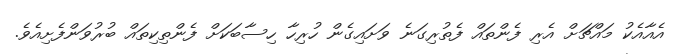
އެއާއެކު މައްޗަށް އެރި ފެންތައް ފެތުރިގަނެ ވަށައިގެން ހުރިހާ ހިސާބަކަށް ފެންތިކިތައް ބުރުވަންފެށިއެވެ.